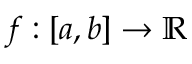
f : [ a , b ] \rightarrow \mathbb { R }